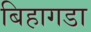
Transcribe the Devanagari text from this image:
बिहागडा